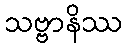
သဗ္ဗာနိဿ